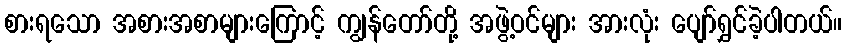
စားရသော အစားအစာများကြောင့် ကျွန်တော်တို့ အဖွဲ့ဝင်များ အားလုံး ပျော်ရွှင်ခဲ့ပါတယ်။